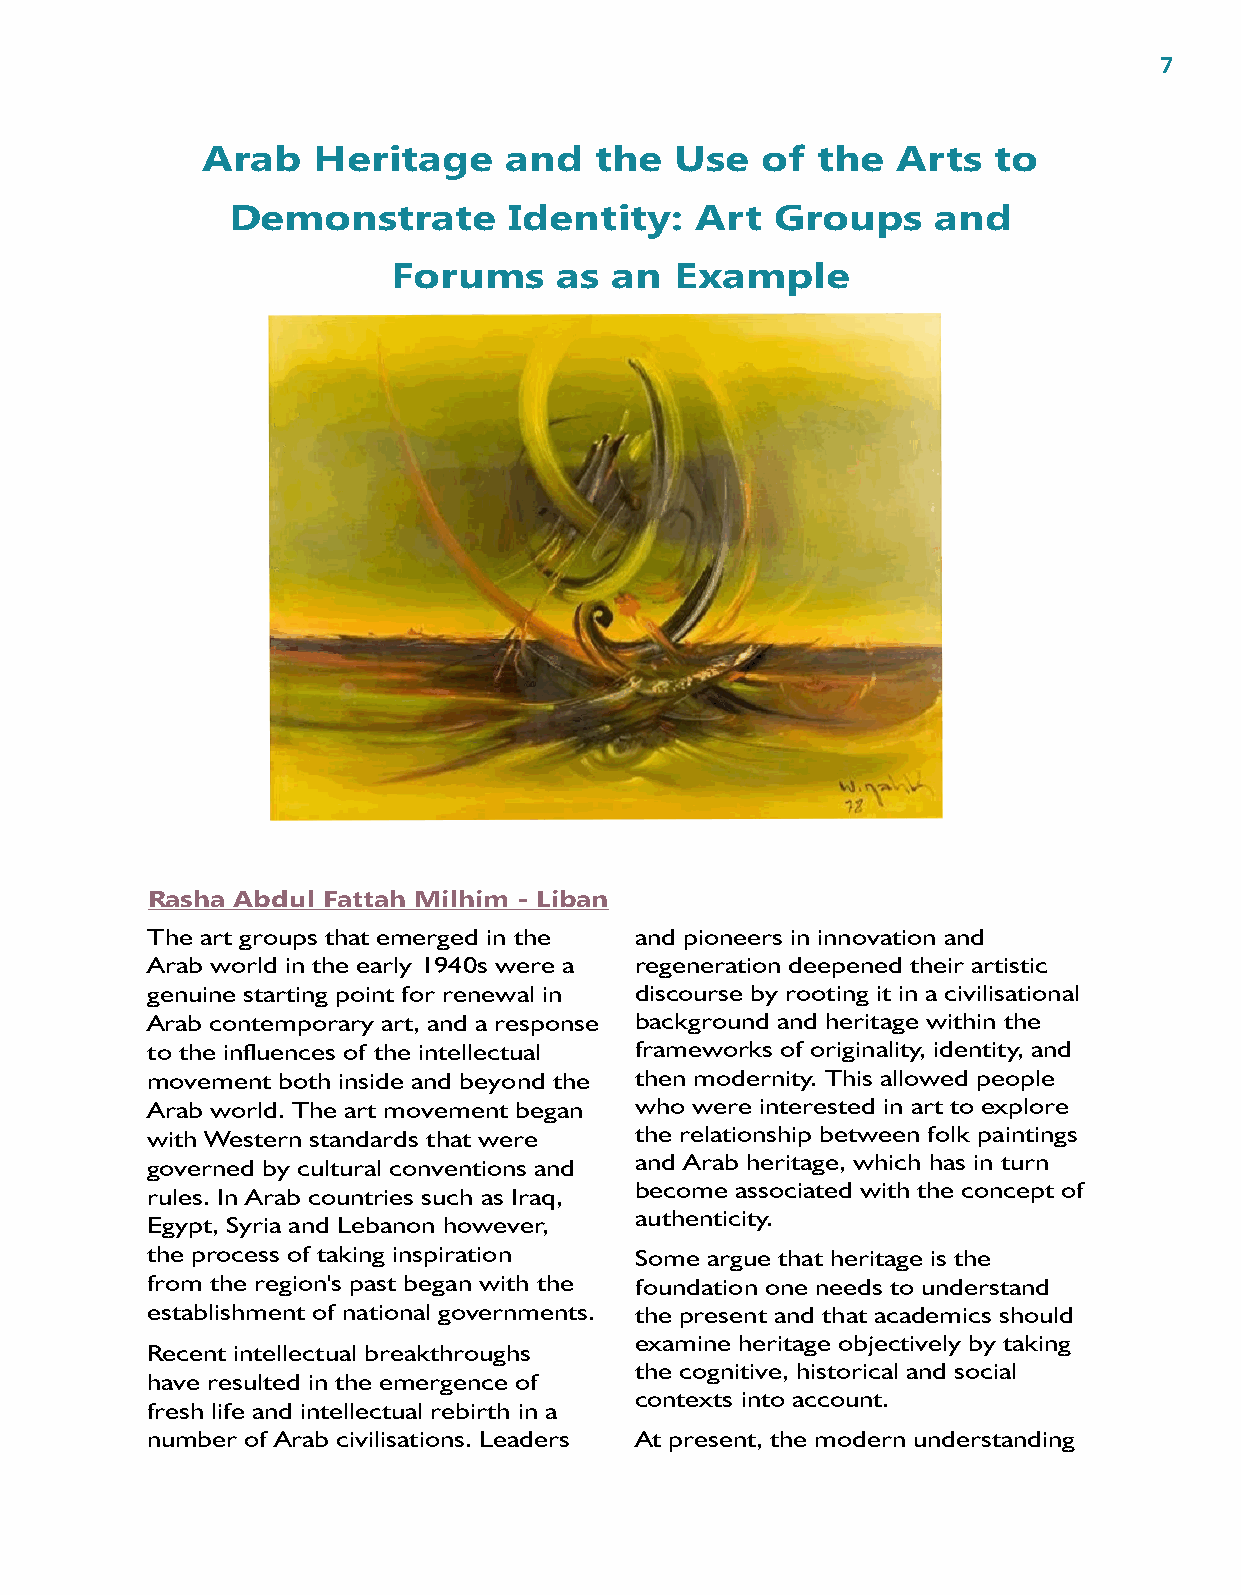
7
 Arab    Heritage    and   the   Use  of  the  Arts   to
 Demonstrate        Identity:   Art  Groups     and
 Forums     as an   Example
 Rasha Abdul Fattah Milhim - Liban
 The art groups that emerged in the and pioneers in innovation and
 Arab world in the early 1940s were a regeneration deepened their artistic
 genuine starting point for renewal in discourse by rooting it in a civilisational
 Arab contemporary art, and a response background and heritage within the
 to the influences of the intellectual frameworks of originality, identity, and
 movement both inside and beyond the then modernity. This allowed people
 Arab world. The art movement began who were interested in art to explore
 with Western standards that were the relationship between folk paintings
 governed by cultural conventions and and Arab heritage, which has in turn
 become associated with the concept of
 rules. In Arab countries such as Iraq,
 authenticity.
 Egypt, Syria and Lebanon however,
 the process of taking inspiration Some argue that heritage is the
 from the region's past began with the foundation one needs to understand
 establishment of national governments. the present and that academics should
 examine heritage objectively by taking
 Recent intellectual breakthroughs
 the cognitive, historical and social
 have resulted in the emergence of
 contexts into account.
 fresh life and intellectual rebirth in a
 number of Arab civilisations. Leaders At present, the modern understanding